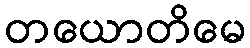
တယောတိမေ